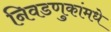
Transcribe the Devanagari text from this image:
निवडणुकांमधे